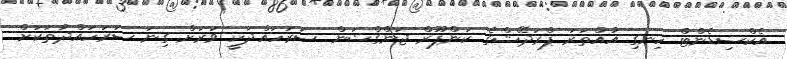
އެކްސިޑެންޓް ހިނގި އުއްތަރަ ޕްރަދޭޝްގެ ކަންޕޫރް ޖަންގްޝަން ސަރަހައްދަކީ ވަރަށް ގިނަ ސަރަހައްދުތަކަށް